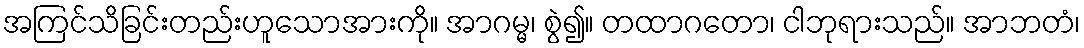
အကြင်သိခြင်းတည်းဟူသောအားကို။ အာဂမ္မ၊ စွဲ၍။ တထာဂတော၊ ငါဘုရားသည်။ အာဘတံ၊